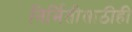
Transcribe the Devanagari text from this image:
निर्मितीसाठीही